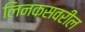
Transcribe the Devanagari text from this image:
लिनक्सवरील